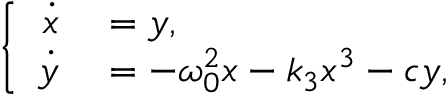
\left\{ \begin{array} { r l } { \dot { x } } & { { } = y , } \\ { \dot { y } } & { { } = - \omega _ { 0 } ^ { 2 } x - k _ { 3 } x ^ { 3 } - c y , } \end{array} \right.